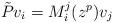
LaTeX: \begin{align*}\tilde Pv_i=M^j_i(z^p)v_j\end{align*}